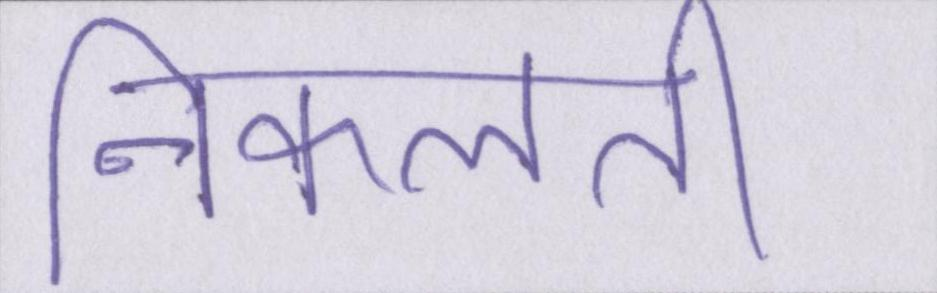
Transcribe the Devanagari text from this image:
निकलती